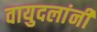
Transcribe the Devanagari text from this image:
वायुदलांनी